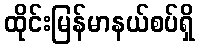
ထိုင်းမြန်မာနယ်စပ်ရှိ